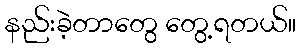
နည်းခဲ့တာတွေ တွေ့ရတယ်။